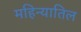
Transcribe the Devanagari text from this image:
महिन्यातिल